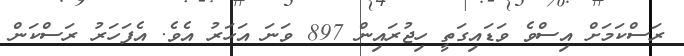
ރަސްކަމަށް އިސްވެ ވަޑައިގަތީ ހިޖުރައިން 897 ވަނަ އަހަރު އެވެ. އެފަހަރު ރަސްކަން